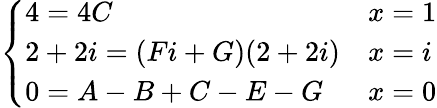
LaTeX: \left\{ \begin{array}{ll}{4=4C}&{x=1}\\ {2+2i=(Fi+G)(2+2i)}&{x=i}\\ {0=A-B+C-E-G}&{x=0}\end{array}\right.